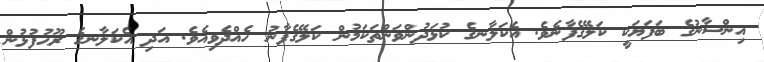
އިންސާނުގެ ބަފަޔަކީ ކަލޭގެފާނެވެ. އެކަލާނގެ ކުޅަދުންވަންތަކަމުން ކަލޭގެފާނު ހެއްދެވިއެވެ. އަދި އެކަލާނގެ ރޫޙުފުޅުން